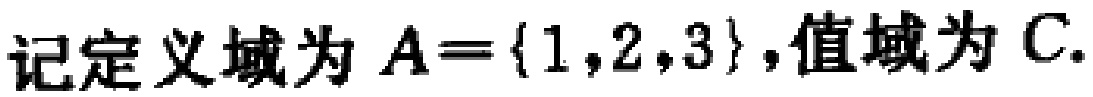
记定义域为 \(A = \{1,2,3\}\)，值域为 \(C\).